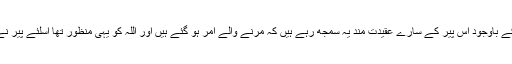
اور اس عظیم دہشت گردی کے باوجود اس پیر کے سارے عقیدت مند یہ سمجھ رہے ہیں کہ مرنے والے امر ہو گئے ہیں اور اللہ کو یہی منظور تھا اسلئے پیر نے جو کچھ کیا ٹھیک کیا ہے۔